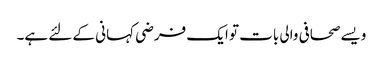
ویسے صحافی والی بات تو ایک فرضی کہانی کے لئے ہے۔